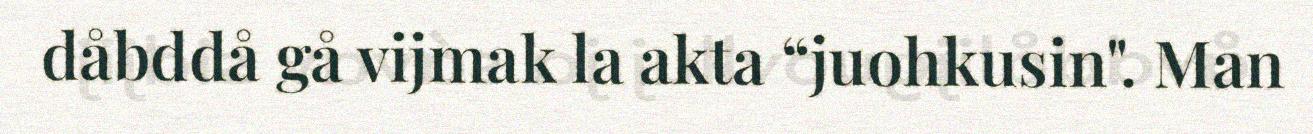
dåbddå gå vijmak la akta “juohkusin". Man